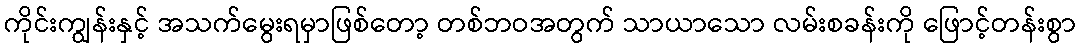
ကိုင်းကျွန်းနှင့် အသက်မွေးရမှာဖြစ်တော့ တစ်ဘဝအတွက် သာယာသော လမ်းစခန်းကို ဖြောင့်တန်းစွာ